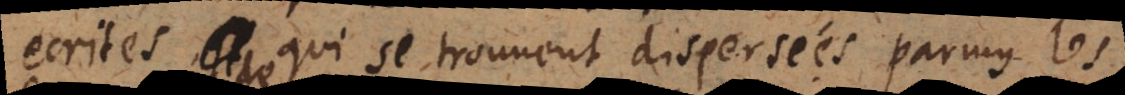
‐ecrites qui se trouvent dispersées parmy les